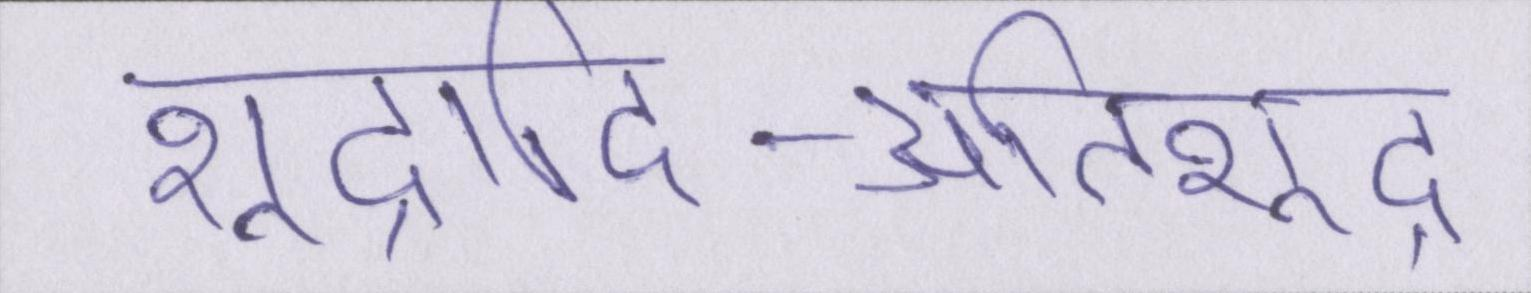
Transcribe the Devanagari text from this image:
शूद्रादि-अतिशूद्र